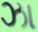
ઝા